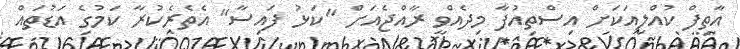
އާތިފް ކުއްލިއަކަށް އިސްތިއުފާ މިދެއްވީ ރާއްޖެއަށް "ކަޅު ފައިސާ" އެތެރެކުރާ ކަމުގެ އަޑުތައް